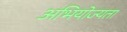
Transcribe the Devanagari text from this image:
अभियोज्यता